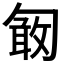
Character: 𠣽